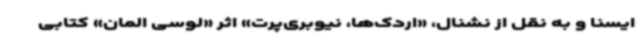
ایسنا و به نقل از نشنال، «اردک‌ها، نیوبری‌پرت» اثر «لوسی المان» کتابی